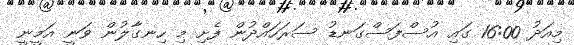
މިއަދު 16:00 ގައި އުސްފަސްގަނޑު ސަރަހައްދުން ފެށި މި ހިނގާލުން ވަނީ އަމީނީ